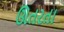
ઊતરતા